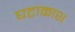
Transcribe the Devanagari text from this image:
घटाकाश